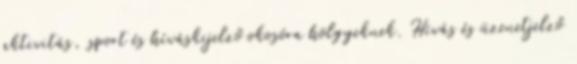
aktivitás, sport és híváskijelző okosóra hölgyeknek. Hívás és üzenetjelző